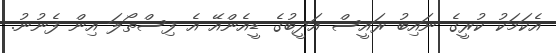
އެކަމަކު ކުރީގެ ނައިބު ރައީސް އަދީބުގެ ޑީއެންއޭ އެ ފިސްތޯލަ އިން ފެނުނު.